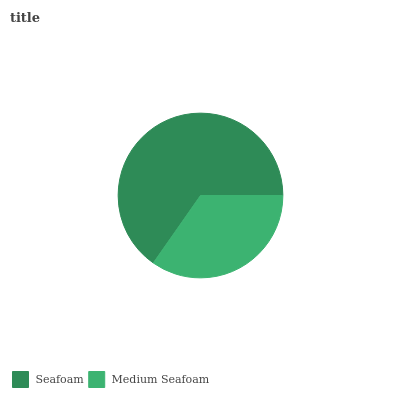
| Seafoam | Medium Seafoam |
 | --- | --- |
 | 65.3% | 34.7% |